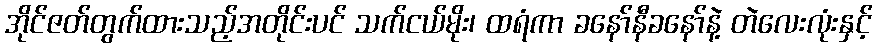
အိုင်ဇတ်တွက်ထားသည့်အတိုင်းပင် သက်ငယ်မိုး၊ ထရံကာ ခနော်နီခနော်နဲ့ တဲလေးလုံးနှင့်